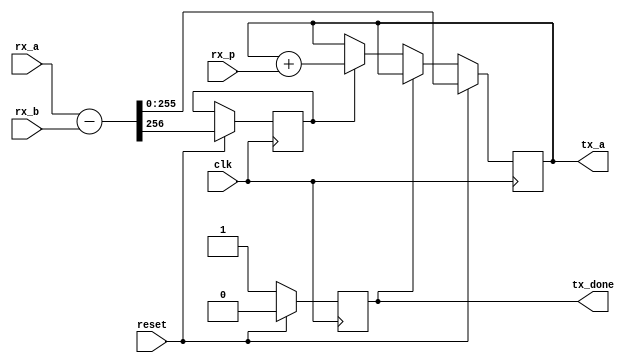
/*
*
* Copyright (c) 2013 fpgaminer@bitcoin-mining.com
*
*
*
* This program is free software: you can redistribute it and/or modify
* it under the terms of the GNU General Public License as published by
* the Free Software Foundation, either version 3 of the License, or
* (at your option) any later version.
*
* This program is distributed in the hope that it will be useful,
* but WITHOUT ANY WARRANTY; without even the implied warranty of
* MERCHANTABILITY or FITNESS FOR A PARTICULAR PURPOSE.  See the
* GNU General Public License for more details.
*
* You should have received a copy of the GNU General Public License
* along with this program.  If not, see <http://www.gnu.org/licenses/>.
* 
*/

module ff_sub (
	input clk,
	input reset,
	input [255:0] rx_a,
	input [255:0] rx_b,
	input [255:0] rx_p,
	output reg tx_done = 1'b0,
	output reg [255:0] tx_a = 256'd0
);

	reg carry;

	always @ (posedge clk)
	begin
		if (!tx_done)
		begin
			if (carry)
				tx_a <= tx_a + rx_p;
			tx_done <= 1'b1;
		end

		if (reset)
		begin
			{carry, tx_a} <= rx_a - rx_b;
			tx_done <= 1'b0;
		end
	end

endmodule